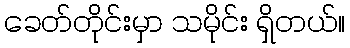
ခေတ်တိုင်းမှာ သမိုင်း ရှိတယ်။